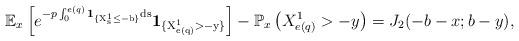
LaTeX: \begin{align*}\mathbb E_x\left[e^{-p\int_{0}^{e(q)}\rm{\bf{1}}_{\{X^1_s \leq -b\}}ds}\rm{\bf{1}}_{\{X^1_{e(q)}>-y\}}\right]-\mathbb P_x\left(X^1_{e(q)}> -y\right)=J_2(-b-x;b-y),\end{align*}